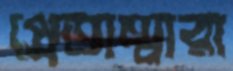
প্রেতাত্মারা